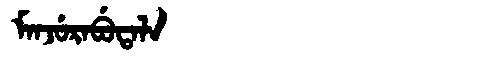
Manchu: ᠮᠠᠨᠵᡠᡵᠠᠪᡠᡨᠠᠯᠠ
Romanization: MANJURABUTALA